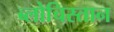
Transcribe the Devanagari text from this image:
ब्लोचिस्तान